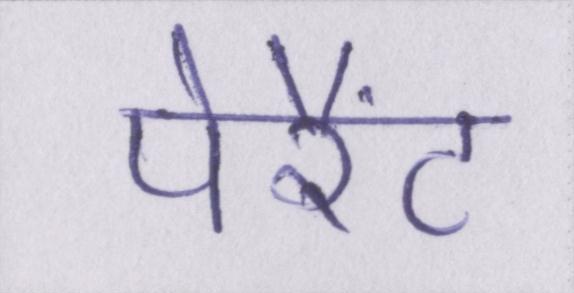
पेरैंट